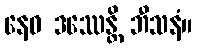
နေဝ ဒဿေန္တိ ဘီသနံ။